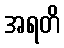
အရတိ